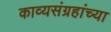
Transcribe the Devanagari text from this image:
काव्यसंग्रहांच्या